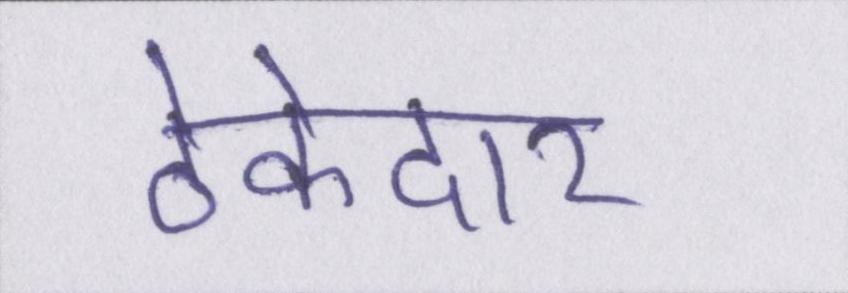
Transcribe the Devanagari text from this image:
ठेकेदार